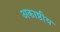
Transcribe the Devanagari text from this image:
अकाष्ठीय